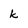
Character: k